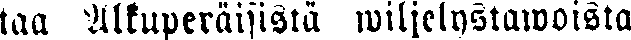
taa Alkuperäisistä wiljelystawoista